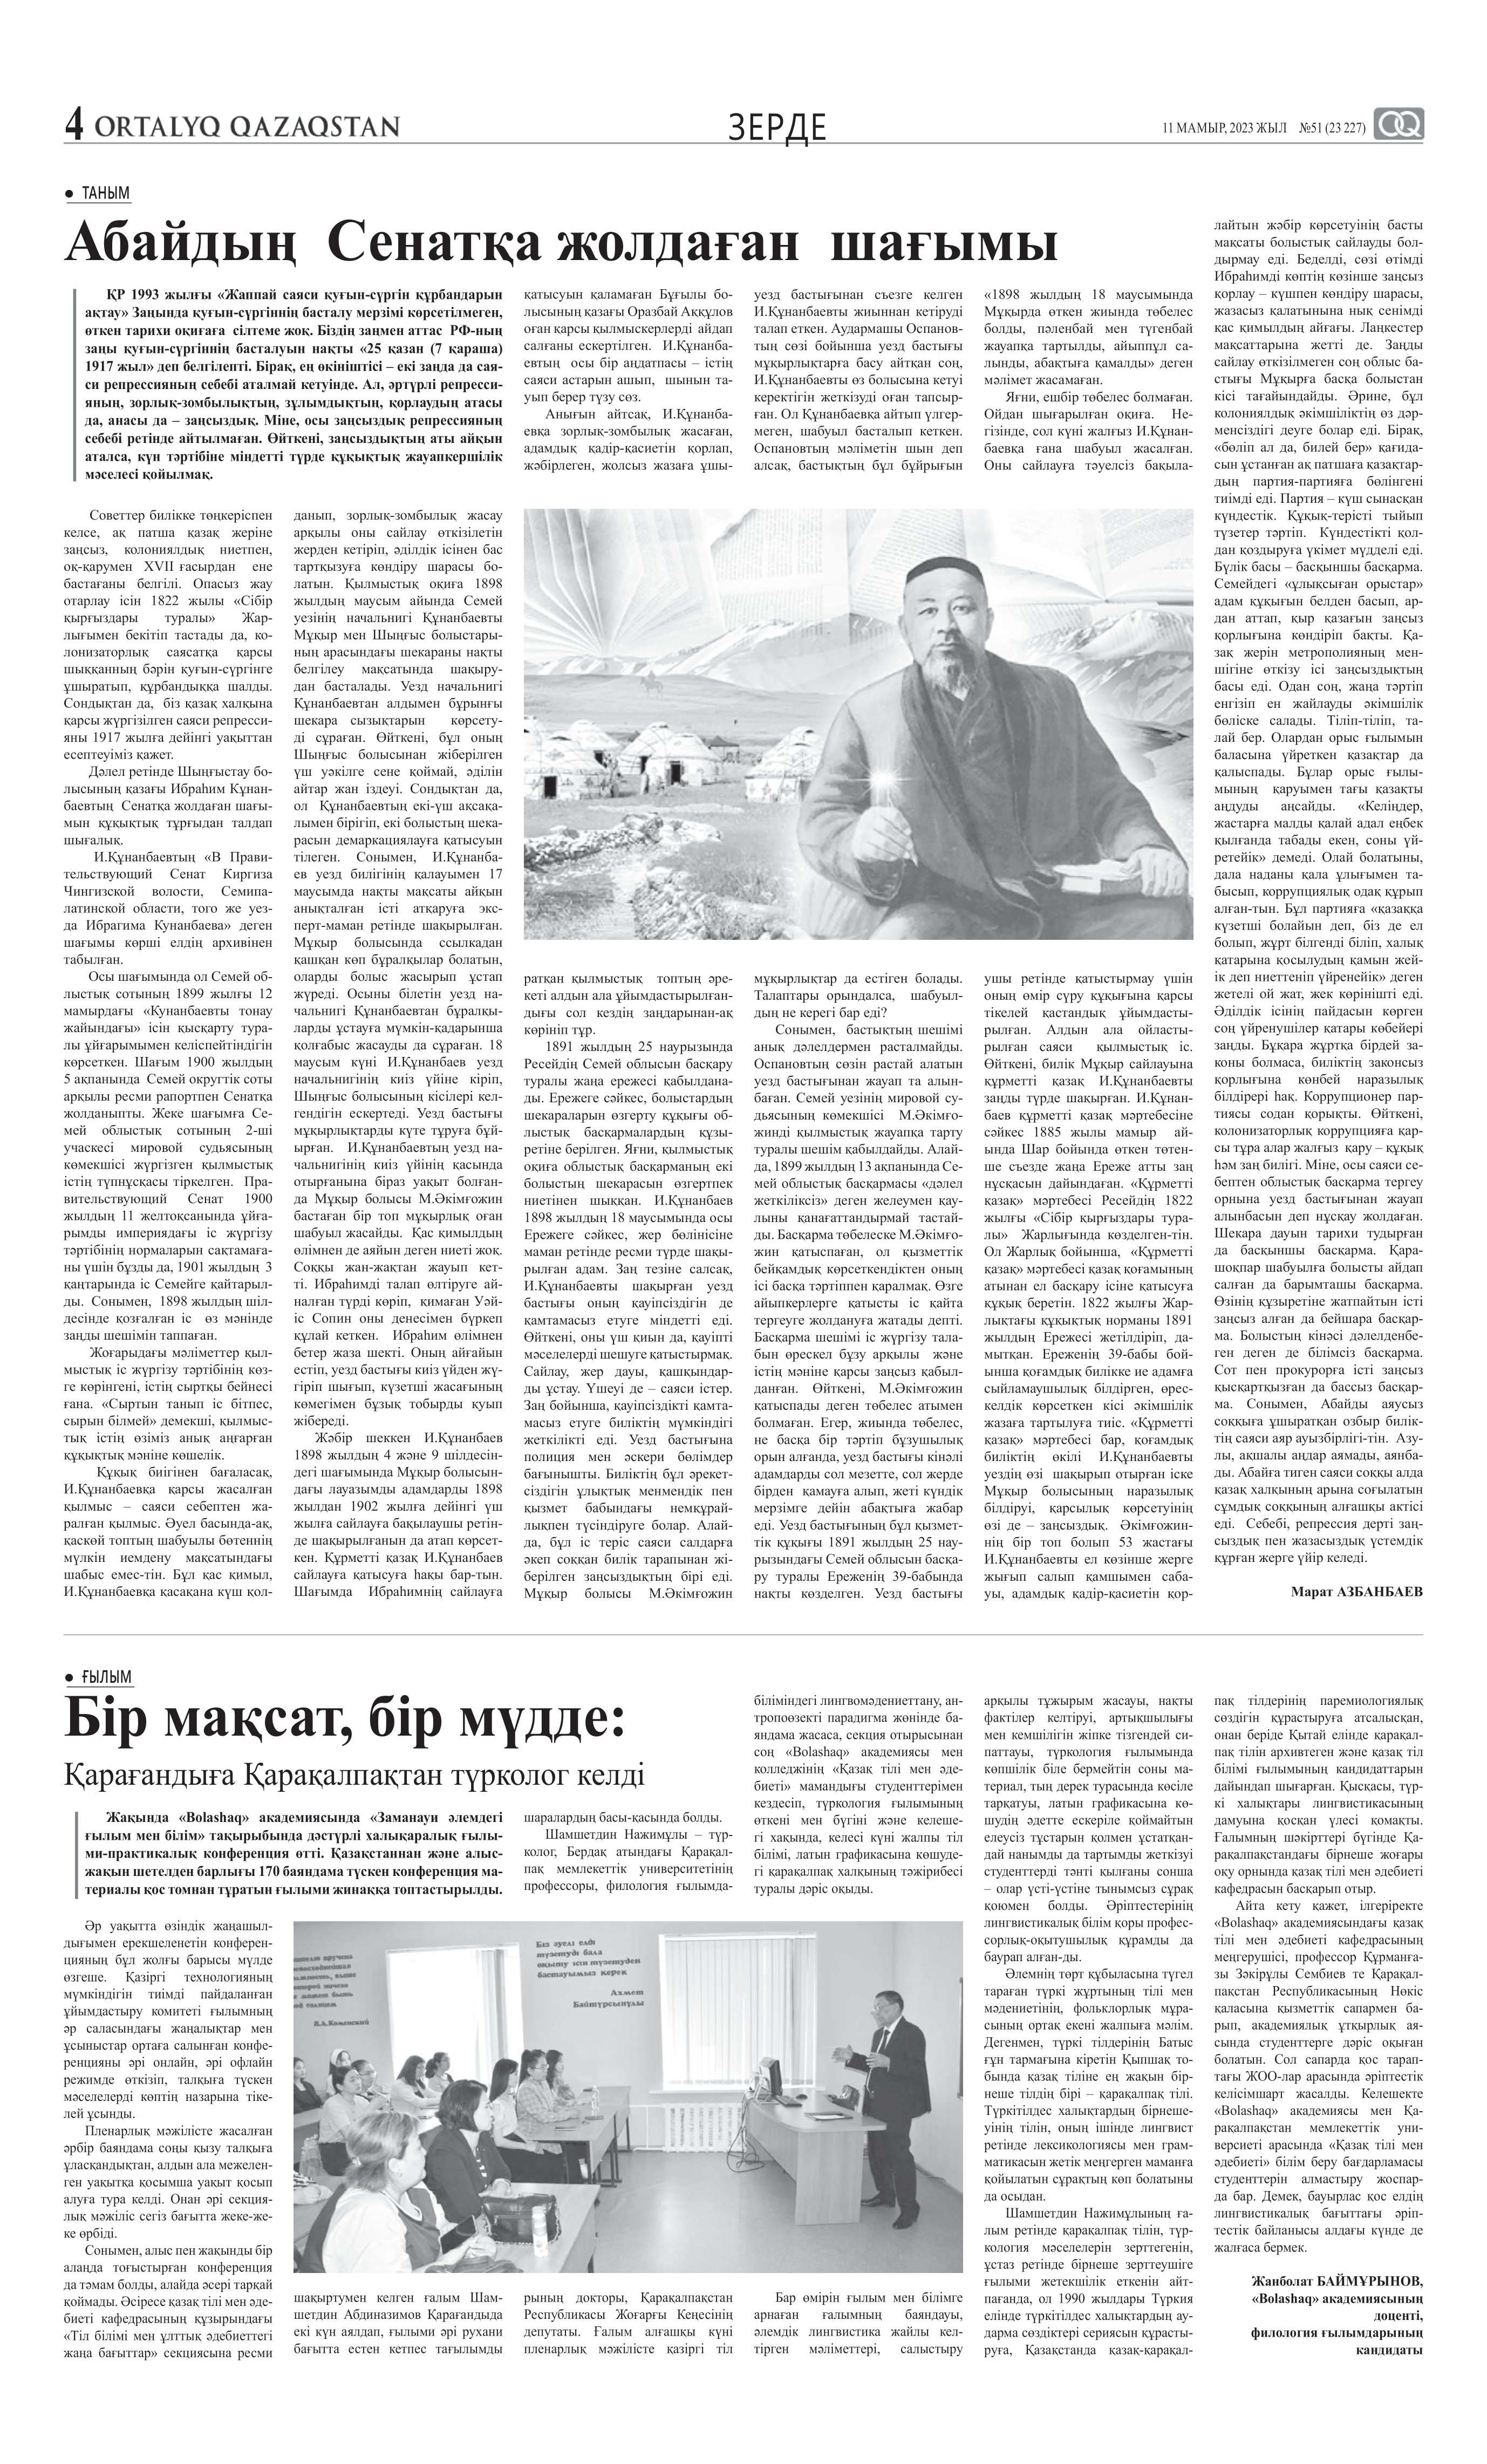
Language: kk